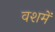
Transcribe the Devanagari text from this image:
वशमें